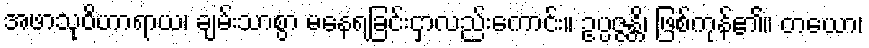
အဖာသုဝိဟာရာယ၊ ချမ်းသာစွာ မနေရခြင်းငှာလည်းကောင်း။ ဥပ္ပဇ္ဇန္တိ၊ ဖြစ်ကုန်၏။ တယော၊